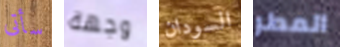
سأتى وجهة السودان المطر